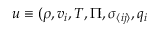
{ \boldsymbol { u } } \equiv ( \rho , v _ { i } , T , \Pi , \sigma _ { \langle i j \rangle } , q _ { i }